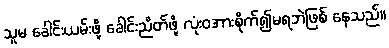
သူမ ခေါင်းယမ်းဖို့ ခေါင်းညိတ်ဖို့ လုံးဝအားစိုက်၍မရဘဲဖြစ် နေသည်။